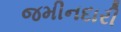
જમીનદારી